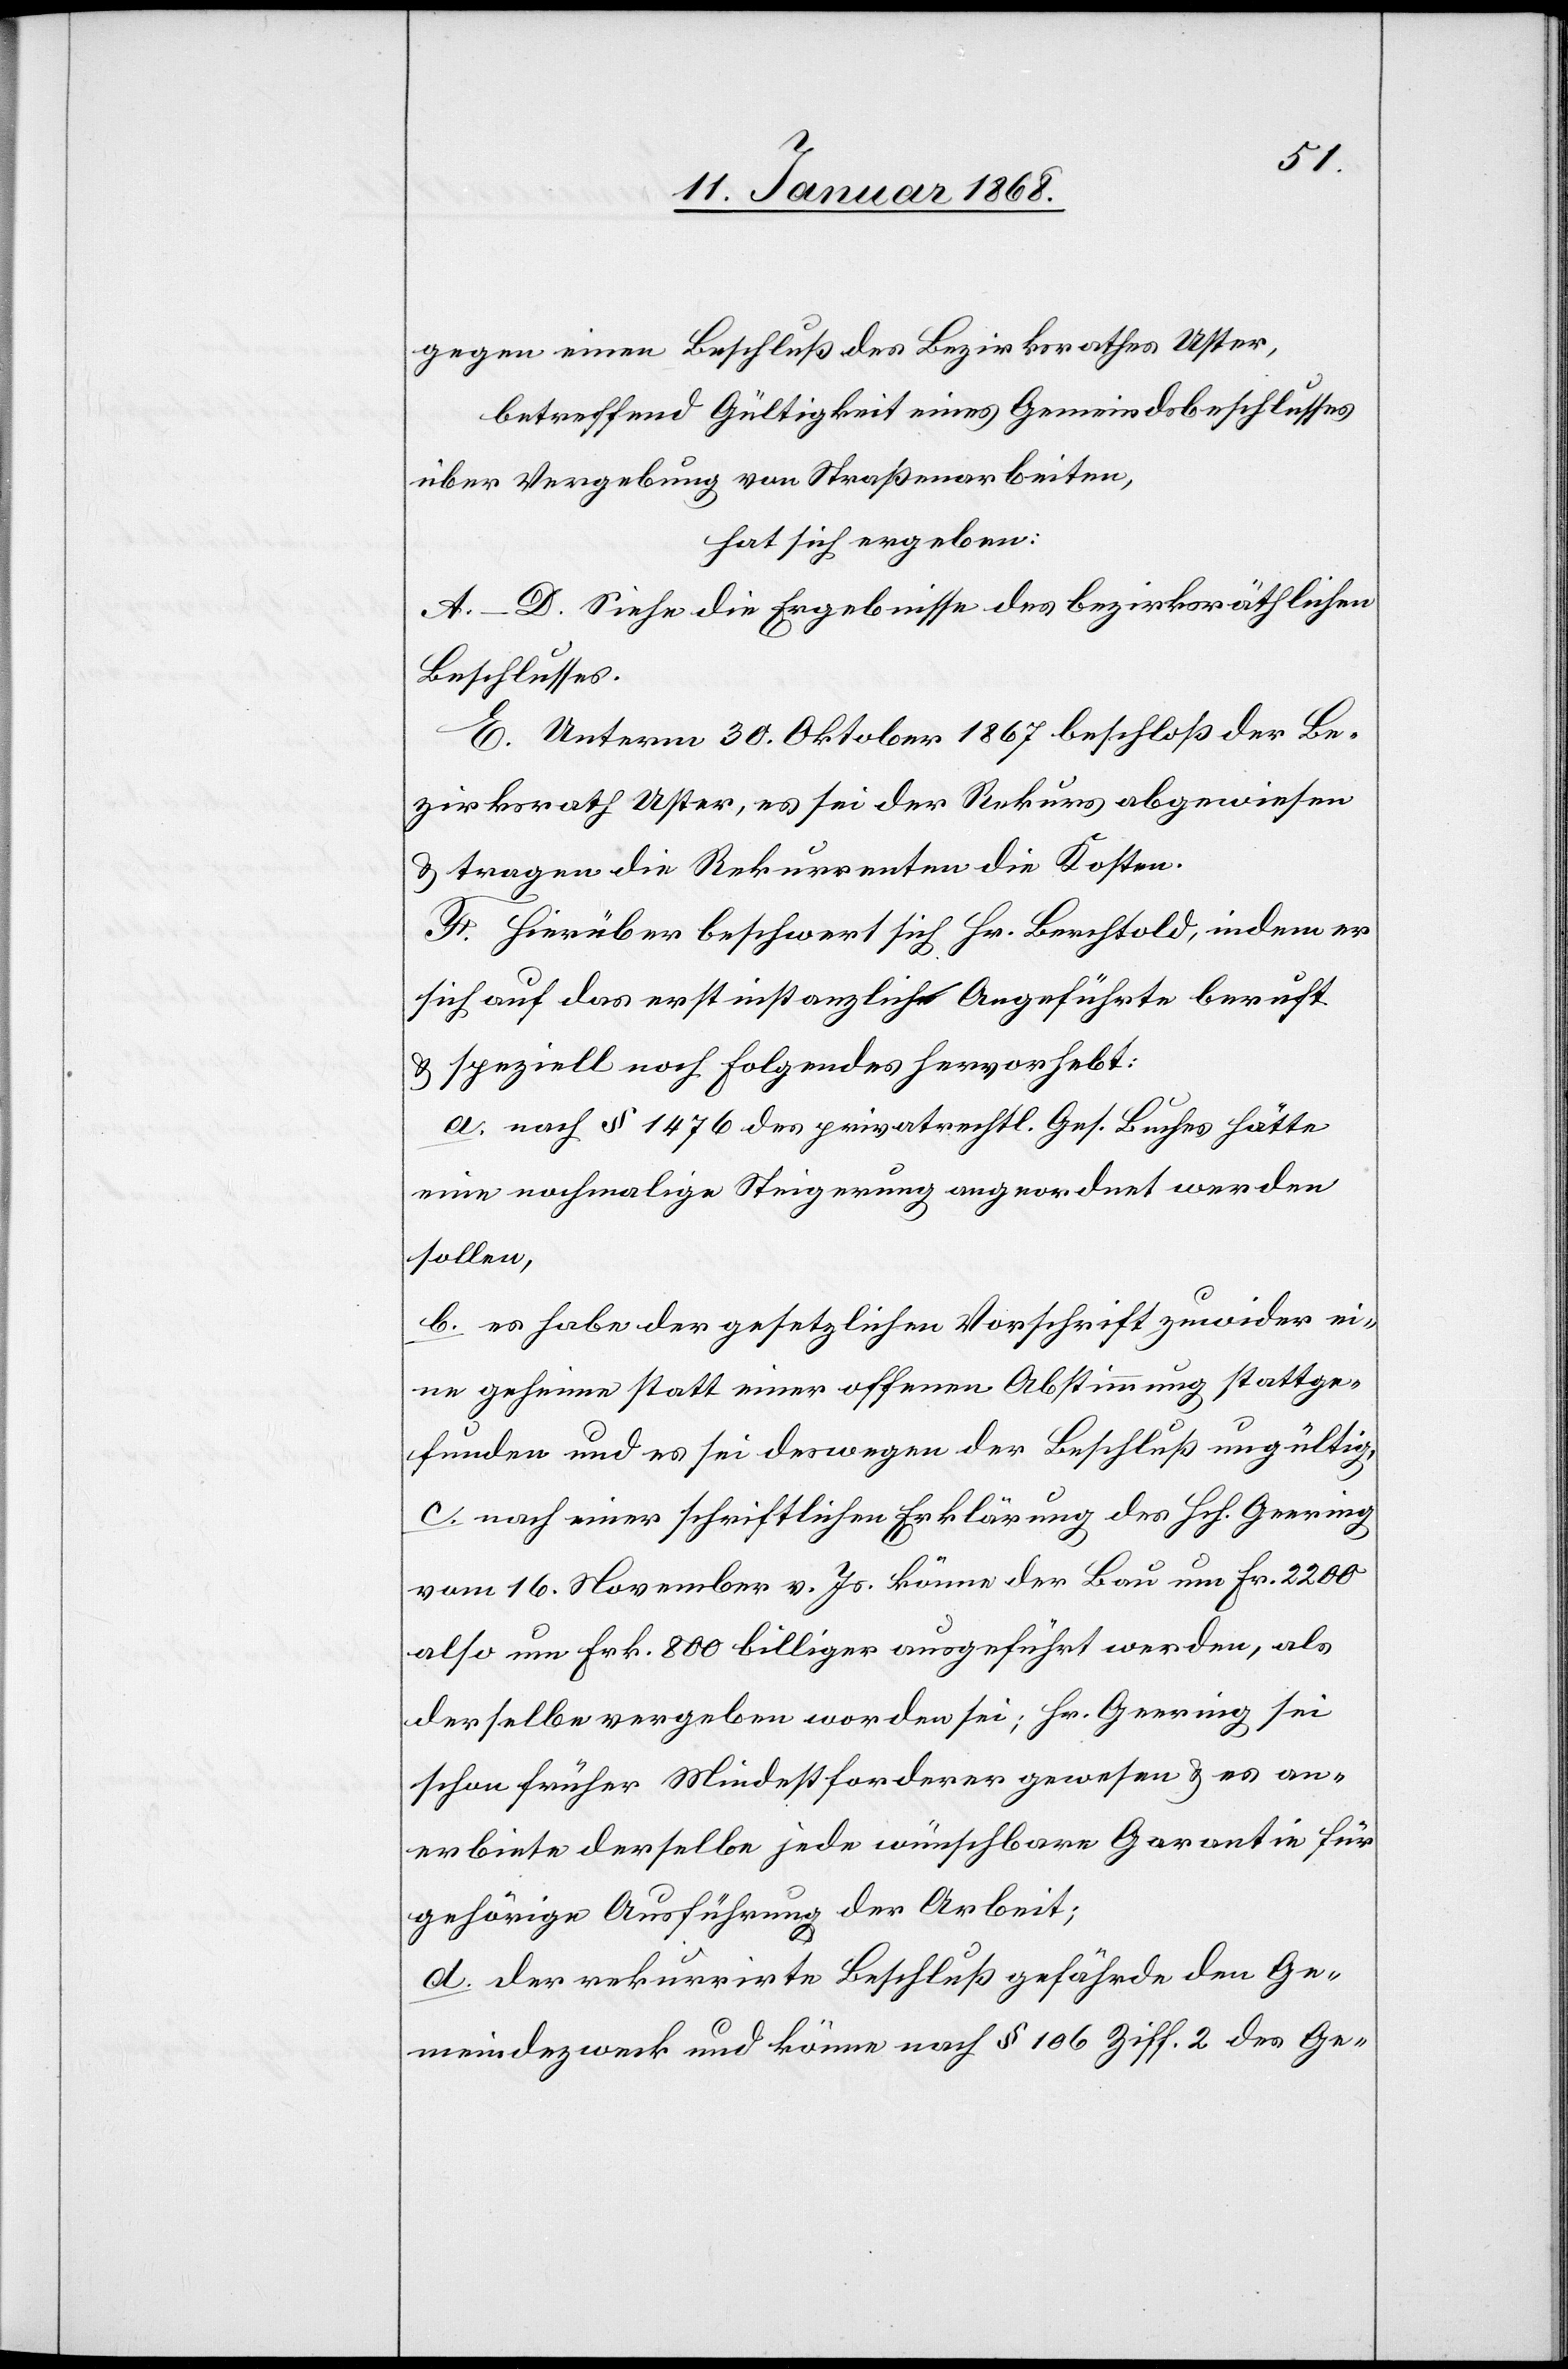
gegen einen Beschluß des Bezirksrathes Uster,
betreffend Gültigkeit eines Gemeindsbeschlusses
über Vergebung von Straßenarbeiten,
hat sich ergeben:
A.–D. Siehe die Ergebnisse des bezirksräthlichen
Beschlusses.
E. Unterm 30. Oktober 1867. beschloß der Be¬
zirksrath Uster, es sei der Rekurs abgewiesen
& tragen die Rekurrenten die Kosten.
F. Hierüber beschwert sich Hr. Berchtold, indem er
sich auf das erstinstanzlich Angeführte beruft
& speziell noch Folgendes hervorhebt:
a. nach § 1476 des privatrechtl. Ges. Buches hätte
eine nochmalige Steigerung angeordnet werden
sollen,
b. es habe der gesetzlichen Vorschrift zuwider ei¬
ne geheime statt einer offenen Abstimmung stattge¬
funden und es sei deswegen der Beschluß ungültig,
c. nach einer schriftlichen Erklärung des Hch. Geering
vom 16. November v. Js. könne der Bau um Fr. 2200
also um Frk. 800 billiger ausgeführt werden, als
derselbe vergeben worden sei; Hr. Geering sei
schon früher Mindestforderer gewesen & es an¬
erbiete derselbe jede wünschbare Garantie für
gehörige Ausführung der Arbeit;
d. der rekurrirte Beschluß gefährde den Ge¬
meindezweck und könne nach § 106 Ziff. 2 des Ge-